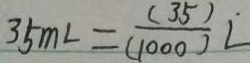
3 5 m L = \frac { ( 3 5 ) } { ( 1 0 0 0 ) } L